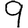
Digit: 9